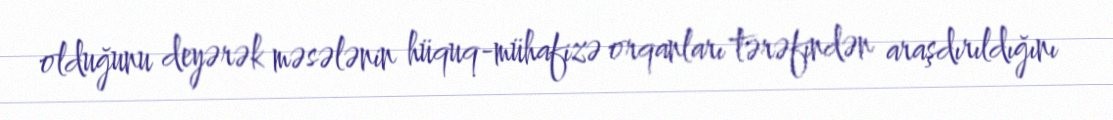
olduğunu deyərək məsələnin hüquq-mühafizə orqanları tərəfindən araşdırıldığını